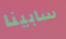
سابينا